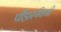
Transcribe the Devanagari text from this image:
पीड़ारुपिणी